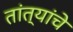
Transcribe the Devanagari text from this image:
तांत्यांचे